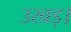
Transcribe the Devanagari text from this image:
उखड़।